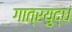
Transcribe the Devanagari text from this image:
गात्रयुद्धं